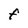
Character: F